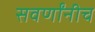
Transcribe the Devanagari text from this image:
सवर्णांनीच